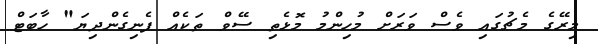
މިރޭގެ މެޗުގައި ވެސް ވަރަށް މުހިންމު މޮޅެތި ސޭވް ތަކެއް ފެނިގެންދިޔަ" ހާބަޓް